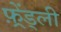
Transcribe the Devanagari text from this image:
फ़्रेंड्ली